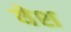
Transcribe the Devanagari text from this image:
येश